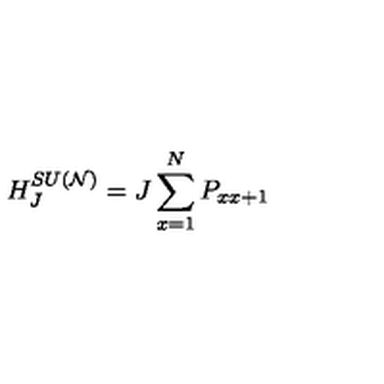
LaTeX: H _ { J } ^ { S U ( { \cal N } ) } = J \sum _ { x = 1 } ^ { N } P _ { x x + 1 }